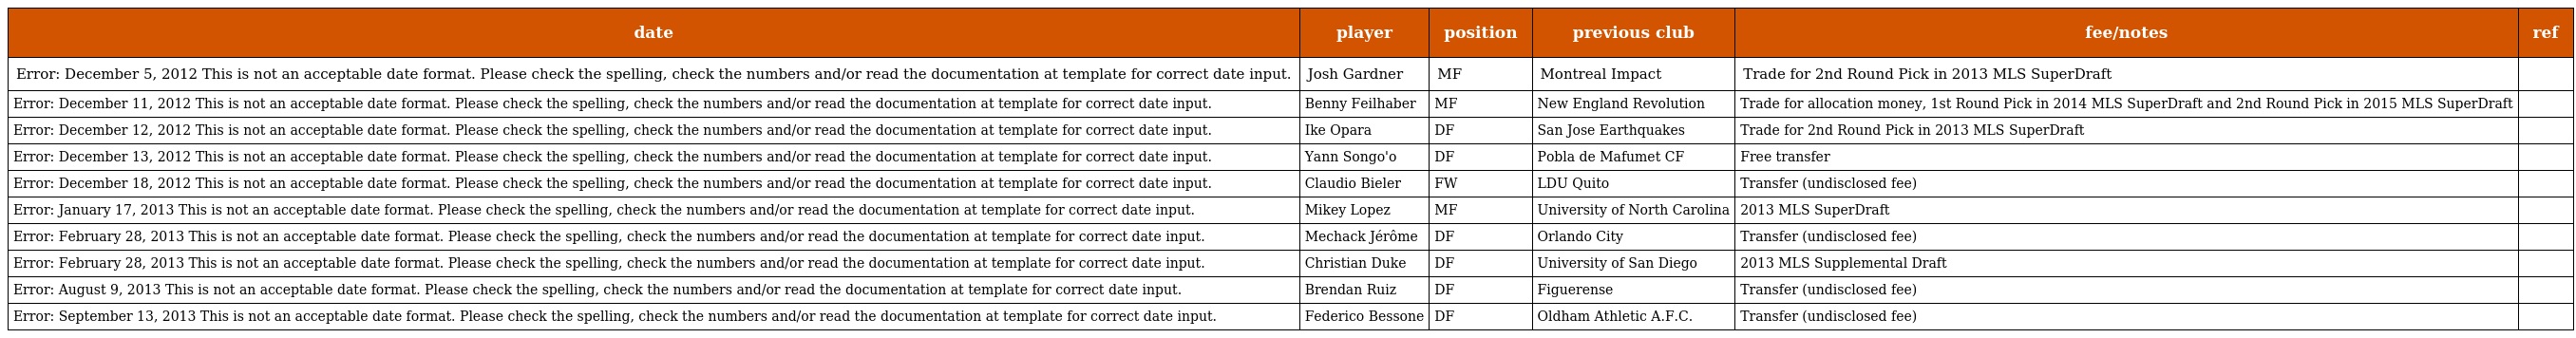
| date | player | position | previous club | fee/notes | ref |
 | --- | --- | --- | --- | --- | --- |
 | Error: December 5, 2012 This is not an acceptable date format. Please check the spelling, check the numbers and/or read the documentation at template for correct date input. | Josh Gardner | MF | Montreal Impact | Trade for 2nd Round Pick in 2013 MLS SuperDraft |  |
 | Error: December 11, 2012 This is not an acceptable date format. Please check the spelling, check the numbers and/or read the documentation at template for correct date input. | Benny Feilhaber | MF | New England Revolution | Trade for allocation money, 1st Round Pick in 2014 MLS SuperDraft and 2nd Round Pick in 2015 MLS SuperDraft |  |
 | Error: December 12, 2012 This is not an acceptable date format. Please check the spelling, check the numbers and/or read the documentation at template for correct date input. | Ike Opara | DF | San Jose Earthquakes | Trade for 2nd Round Pick in 2013 MLS SuperDraft |  |
 | Error: December 13, 2012 This is not an acceptable date format. Please check the spelling, check the numbers and/or read the documentation at template for correct date input. | Yann Songo'o | DF | Pobla de Mafumet CF | Free transfer |  |
 | Error: December 18, 2012 This is not an acceptable date format. Please check the spelling, check the numbers and/or read the documentation at template for correct date input. | Claudio Bieler | FW | LDU Quito | Transfer (undisclosed fee) |  |
 | Error: January 17, 2013 This is not an acceptable date format. Please check the spelling, check the numbers and/or read the documentation at template for correct date input. | Mikey Lopez | MF | University of North Carolina | 2013 MLS SuperDraft |  |
 | Error: February 28, 2013 This is not an acceptable date format. Please check the spelling, check the numbers and/or read the documentation at template for correct date input. | Mechack Jérôme | DF | Orlando City | Transfer (undisclosed fee) |  |
 | Error: February 28, 2013 This is not an acceptable date format. Please check the spelling, check the numbers and/or read the documentation at template for correct date input. | Christian Duke | DF | University of San Diego | 2013 MLS Supplemental Draft |  |
 | Error: August 9, 2013 This is not an acceptable date format. Please check the spelling, check the numbers and/or read the documentation at template for correct date input. | Brendan Ruiz | DF | Figuerense | Transfer (undisclosed fee) |  |
 | Error: September 13, 2013 This is not an acceptable date format. Please check the spelling, check the numbers and/or read the documentation at template for correct date input. | Federico Bessone | DF | Oldham Athletic A.F.C. | Transfer (undisclosed fee) |  |